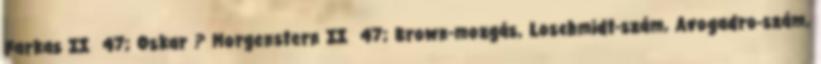
Farkas II 47; Oskar ? Morgenstern II 47; Brown-mozgás, Loschmidt-szám, Avogadro-szám,